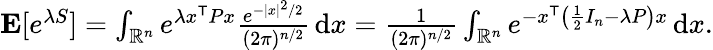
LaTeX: \begin{array}{r}{\mathbf{E}[e^{\lambda S}]=\int_{\mathbb{R}^{n}}e^{\lambda x^{\mathsf{T}}Px}\frac{e^{-|x|^{2}/2}}{(2\pi)^{n/2}}\, \mathrm{d}x=\frac{1}{(2\pi)^{n/2}}\int_{\mathbb{R}^{n}}e^{-x^{\mathsf{T}}\left(\frac{1}{2}I_{n}-\lambda P\right)x}\, \mathrm{d}x.}\end{array}